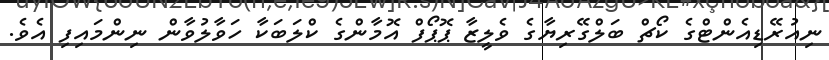
ނިއުރޭޑިއެންޓްގެ ކޯޗް ބަލްގޭރިޔާގެ ވެލީޒާ ޕޮޕޯފް އޮމާންގެ ކްލަބަކާ ހަވާލުވާން ނިންމައިފި އެވެ.